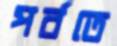
পর্বতে